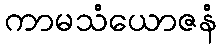
ကာမသံယောဇနံ